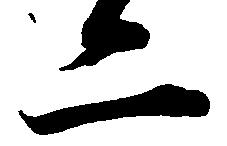
二